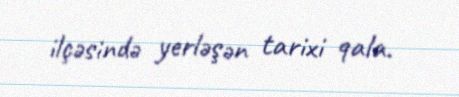
ilçəsində yerləşən tarixi qala.